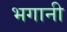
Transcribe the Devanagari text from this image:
भगानी